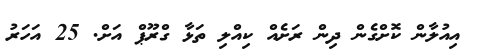
އިއުލާން ކޮށްގެން ދިން ރަށެއް ކިއްލި ތަޅާ ގްރޫޕް އަށް. 25 އަހަރު